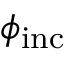
\phi _ { \mathrm { i n c } }